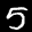
Label: 5